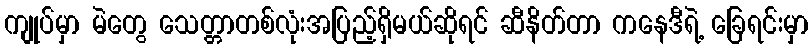
ကျုပ်မှာ မဲတွေ သေတ္တာတစ်လုံးအပြည့်ရှိမယ်ဆိုရင် ဆီနိတ်တာ ကနေဒီရဲ့ ခြေရင်းမှာ